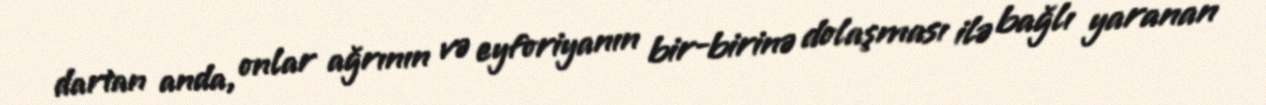
dartan anda, onlar ağrının və eyforiyanın bir-birinə dolaşması ilə bağlı yaranan